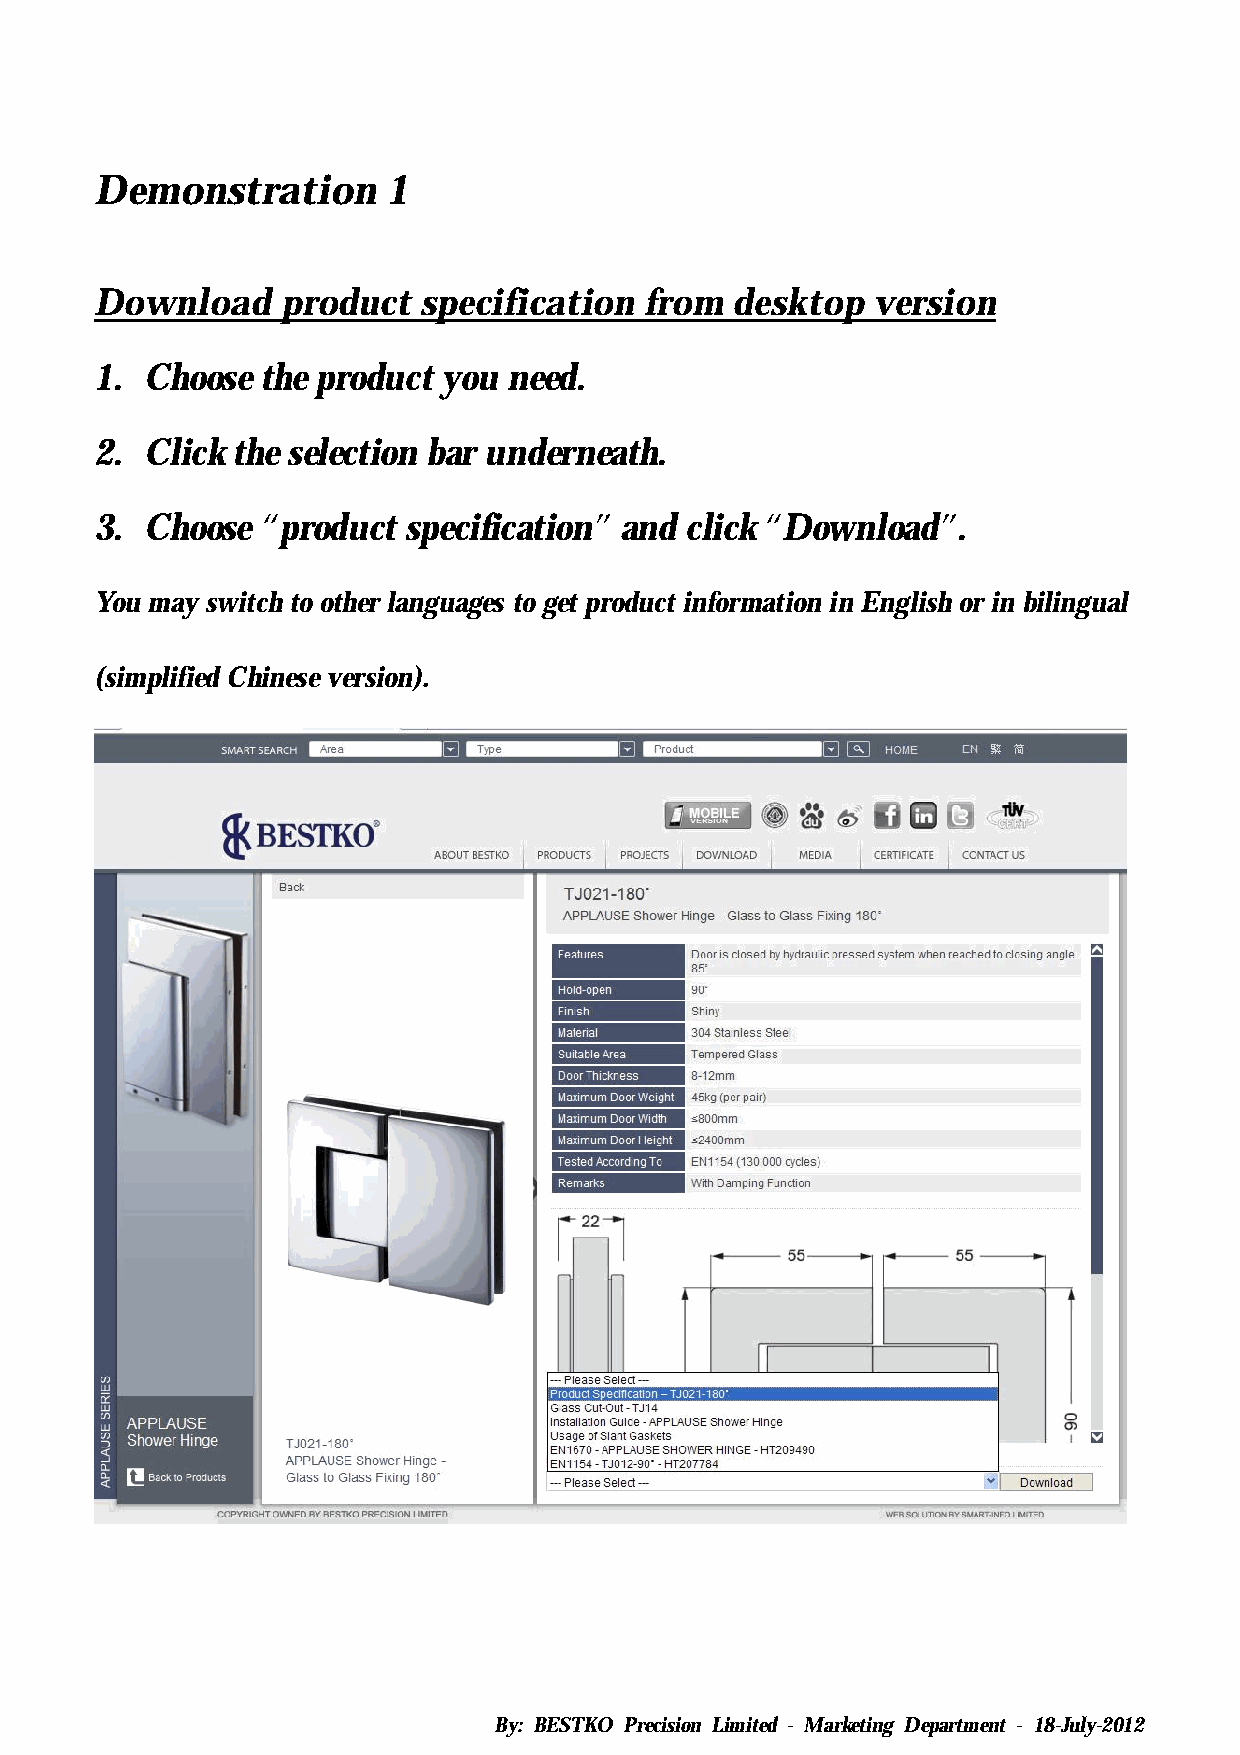
Demonstration       1
 Download     product  specification  from  desktop  version
 1.  Choose the product you  need.
 2.  Click the selection bar underneath.
 3.  Choose “product  specification” and click “Download”.
 You may switch to other languages to get product information in English or in bilingual
 (simplified Chinese version).
 By: BESTKO Precision Limited - Marketing Department - 18-July-2012